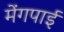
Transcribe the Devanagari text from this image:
मेंगपाई